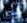
حتى